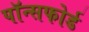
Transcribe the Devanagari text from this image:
पॉन्सफोर्ड